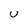
Character: U